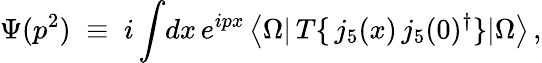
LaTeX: \Psi(p^{2})\; \equiv\; i\int\! dx\, e^{ipx}\, \big<\Omega\vert\, T\{ \, j_{5}(x)\, j_{5}(0)^{\dagger}\} \vert\Omega\big>\, ,